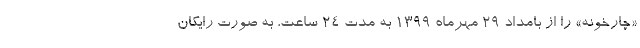
«چارخونه» را از بامداد ۲۹ مهرماه ۱۳۹۹ به مدت ۲۴ ساعت، به صورت رایگان